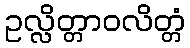
ဥလ္လိတ္တာဝလိတ္တံ